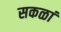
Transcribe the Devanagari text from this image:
सकळां